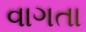
વાગતા